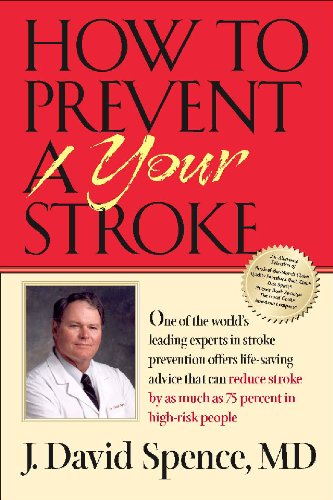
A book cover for How to Prevent Your Stroke; J. David Spence; Health, Fitness & Dieting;